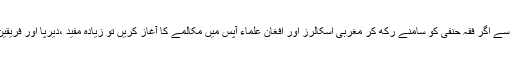
لہٰذا سیاسی نہیں ایک مذہبی پہلو سے اگر فقہ حنفی کو سامنے رکھ کر مغربی اسکالرز اور افغان علماء آپس میں مکالمے کا آغاز کریں تو زیادہ مفید ،دیرپا اور فریقین کے لئے بہتری کا باعث ہوگا۔